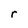
Character: r